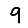
Digit: 9